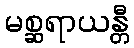
မစ္ဆရာယန္တီ